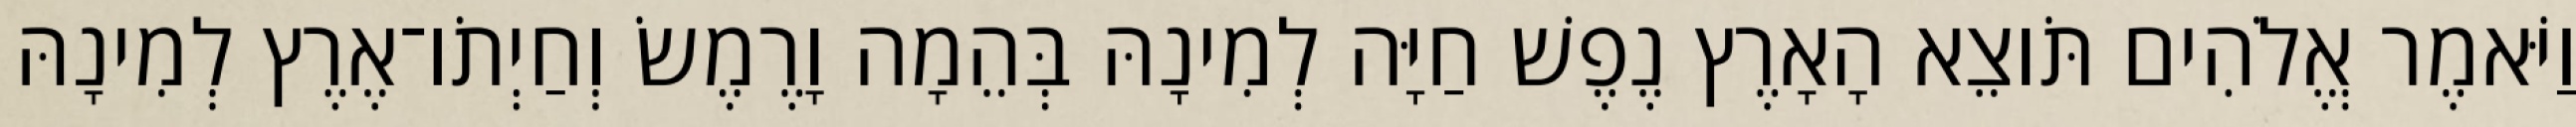
וַיֹּאמֶר אֱלֹהִים תֹּוצֵא הָאָרֶץ נֶפֶשׁ חַיָּה לְמִינָהּ בְּהֵמָה וָרֶמֶשׂ וְחַיְתֹו־אֶרֶץ לְמִינָהּ